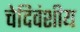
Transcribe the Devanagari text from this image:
चेदिवंशीय